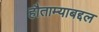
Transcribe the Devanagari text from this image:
हौताम्याबद्दल